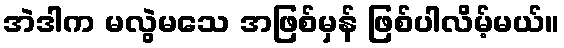
အဲဒါက မလွဲမသေ အဖြစ်မှန် ဖြစ်ပါလိမ့်မယ်။